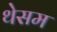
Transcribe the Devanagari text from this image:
थेसम